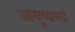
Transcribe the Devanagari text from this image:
आयुष्यमग्रं